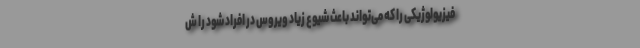
فیزیولوژیکی را که می‌تواند باعث شیوع زیاد ویروس در افراد شود را ش